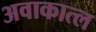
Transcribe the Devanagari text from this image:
अवाकात्ल